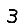
Digit: 3